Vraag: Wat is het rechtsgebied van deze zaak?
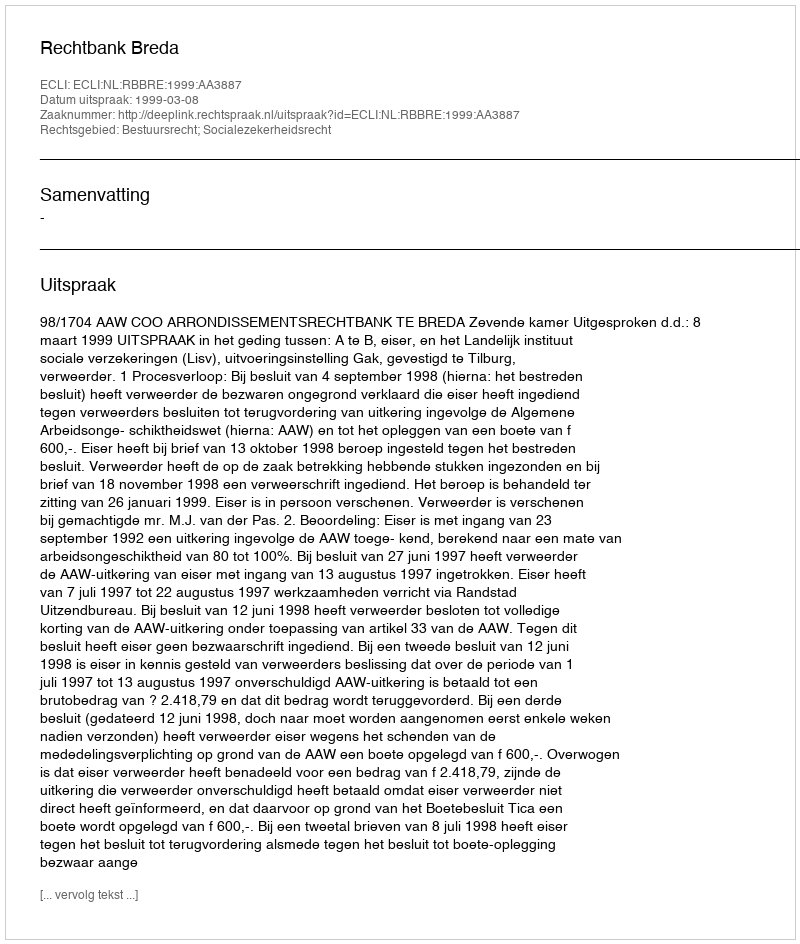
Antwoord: Bestuursrecht; Socialezekerheidsrecht